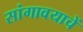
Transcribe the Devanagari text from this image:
सांगावयाचें